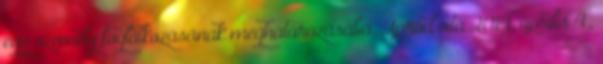
egy személy foglalkozásának meghatározásába. Apród vita 2014. április 4.,